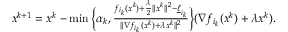
\begin{array} { r } { x ^ { k + 1 } = x ^ { k } - \operatorname* { m i n } \Big \{ \alpha _ { k } , \frac { f _ { i _ { k } } ( x ^ { k } ) + \frac { \lambda } { 2 } \| x ^ { k } \| ^ { 2 } - \underline { { \ell } } _ { i _ { k } } } { \| \nabla f _ { i _ { k } } ( x ^ { k } ) + \lambda x ^ { k } \| ^ { 2 } } \Big \} ( \nabla f _ { i _ { k } } ( x ^ { k } ) + \lambda x ^ { k } ) . } \end{array}